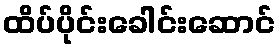
ထိပ်ပိုင်းခေါင်းဆောင်